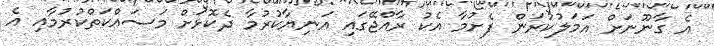
އެ ގާނޫނަށް އަމަލުކުރަން ފެށުމާ އެކު ރާއްޖޭގައި އަނިޔާކުރުމާ ދެކޮޅަށް މަސައްކަތްކުރުމާއި އެ